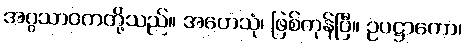
အဂ္ဂသာဝကတို့သည်။ အဟေသုံ၊ ဖြစ်ကုန်ပြီ။ ဥပဋ္ဌာကော၊